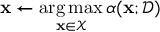
\mathbf { x } \gets \operatorname * { a r g \, m a x } _ { \mathbf { x } \in \mathcal { X } } \alpha ( \mathbf { x } ; \mathcal { D } )